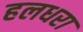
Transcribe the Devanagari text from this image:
हलधरा